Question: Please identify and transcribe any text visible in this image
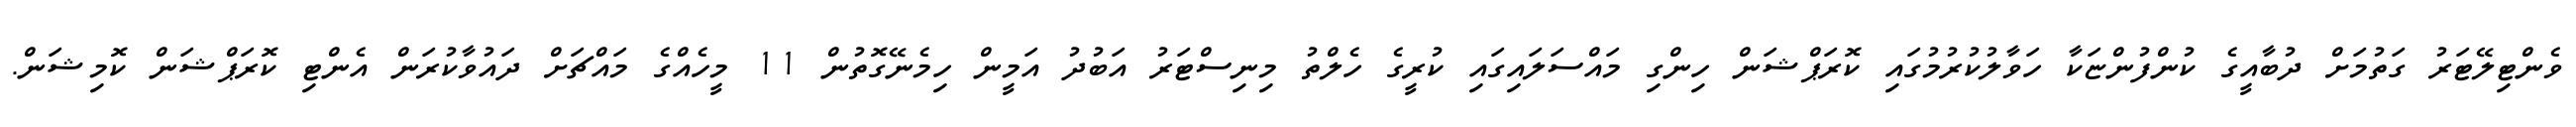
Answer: ވެންޓިލޭޓަރު ގަތުމަށް ދުބާއީގެ ކުންފުންޏަކާ ހަވާލުކުރުމުގައި ކޮރަޕްޝަން ހިންގި މައްސަލައިގައި ކުރީގެ ހެލްތު މިނިސްޓަރު އަބުދު އަމީން ހިމެނޭގޮތުން 11 މީހެއްގެ މައްޗަށް ދައުވާކުރަން އެންޓި ކޮރަޕްޝަން ކޮމިޝަން.